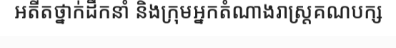
អតីតថ្នាក់ដឹកនាំ និងក្រុមអ្នកតំណាងរាស្ត្រគណបក្ស